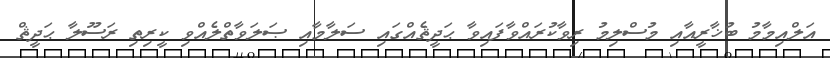
އަލްއިމާމު ބުޚާރީއާއި މުސްލިމު ރިވާކުރައްވާފައިވާ ޙަދީޘެއްގައި ސަލާމާއި ޞަލަވާތްލެއްވި ކީރިތި ރަސޫލާ ޙަދީޘް